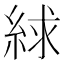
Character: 絿